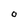
Character: O